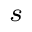
{ } _ { s \ }